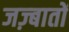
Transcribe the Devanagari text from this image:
जज़्बातों